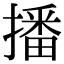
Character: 播